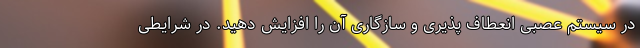
در سیستم عصبی انعطاف پذیری و سازگاری آن را افزایش دهید. در شرایطی